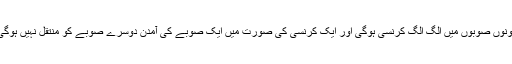
دونوں صوبوں میں الگ الگ کرنسی ہوگی اور ایک کرنسی کی صورت میں ایک صوبے کی آمدن دوسرے صوبے کو منتقل نہیں ہوگی۔